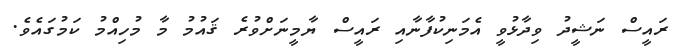
ރައީސް ނަޝީދު ވިދާޅުވީ އެމަނިކުފާނާއި ރައީސް ޔާމީނަށްވުރެ ޤައުމު މާ މުހިއްމު ކަމުގައެވެ.